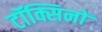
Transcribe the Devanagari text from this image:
टॉक्सिनों